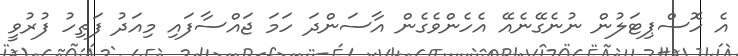
އެ ހޮސްޕިޓަލުން ނުނެގޭނެއޭ އެހެންވެގެން އާސަންދަ ހަމަ ޖައްސާފައި މިއަދު ފަތިހު ފުރުވީ